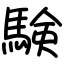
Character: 験